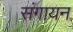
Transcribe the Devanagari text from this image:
संगायन